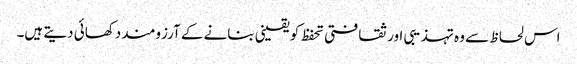
اس لحاظ سے وہ تہذیبی اور ثقافتی تحفظ کو یقینی بنانے کے آرزومند دکھائی دیتے ہیں۔